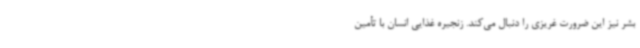
بشر نیز این ضرورت غریزی را دنبال می‌کند. زنجیره غذایی انسان با تأمین